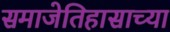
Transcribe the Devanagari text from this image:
समाजेतिहासाच्या